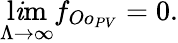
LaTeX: \operatorname*{l\mathit{i}m}_{\Lambda\to\infty}f_{Oo_{PV}}=0.